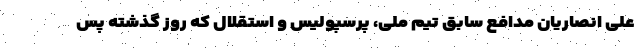
علی انصاریان مدافع سابق تیم ملی، پرسپولیس و استقلال که روز گذشته پس